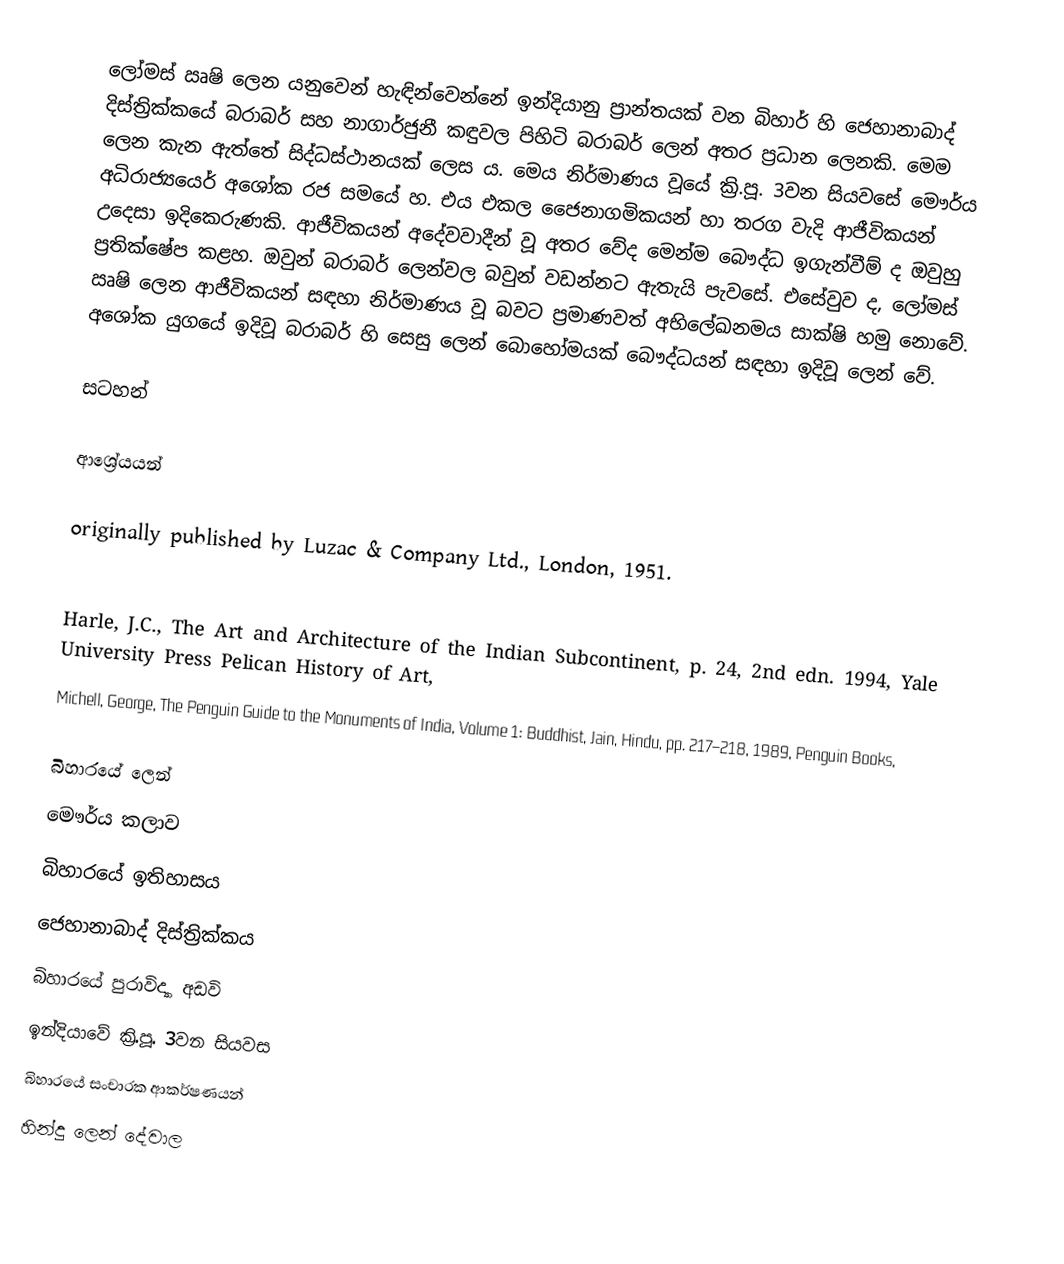
ලෝමස් ඍෂි ලෙන යනුවෙන් හැඳින්වෙන්නේ ඉන්දියානු ප්‍රාන්තයක් වන බිහාර් හි ජෙහානාබාද් දිස්ත්‍රික්කයේ බරාබර් සහ නාගාර්ජුනී කඳුවල පිහිටි බරාබර් ලෙන් අතර ප්‍රධාන ලෙනකි. මෙම ලෙන කැන ඇත්තේ සිද්ධස්ථානයක් ලෙස ය. මෙය නිර්මාණය වූයේ ක්‍රි.පූ. 3වන සියවසේ මෞර්ය අධිරාජ්‍යයෙර් අශෝක රජ සමයේ හ. එය එකල ජෛනාගමිකයන් හා තරග වැදි ආජීවිකයන් උදෙසා ඉදිකෙරුණකි. ආජීවිකයන් අදේවවාදීන් වූ අතර වේද මෙන්ම බෞද්ධ ඉගැන්වීම් ද ඔවුහු ප්‍රතික්ෂේප කළහ. ඔවුන් බරාබර් ලෙන්වල බවුන් වඩන්නට ඇතැයි පැවසේ. එසේවුව ද, ලෝමස් ඍෂි ලෙන ආජීවිකයන් සඳහා නිර්මාණය වූ බවට ප්‍රමාණවත් අභිලේඛනමය සාක්ෂි හමු නොවේ. අශෝක යුගයේ ඉදිවූ බරාබර් හි සෙසු ලෙන් බොහෝමයක් බෞද්ධයන් සඳහා ඉදිවූ ලෙන් වේ.

සටහන්

ආශ්‍රේයයන්

  originally published by Luzac & Company Ltd., London, 1951.

Harle, J.C., The Art and Architecture of the Indian Subcontinent, p. 24, 2nd edn. 1994, Yale University Press Pelican History of Art,
Michell, George, The Penguin Guide to the Monuments of India, Volume 1: Buddhist, Jain, Hindu, pp. 217–218, 1989, Penguin Books,

බිහාරයේ ලෙන්
මෞර්ය කලාව
බිහාරයේ ඉතිහාසය
ජෙහානාබාද් දිස්ත්‍රික්කය
බිහාරයේ පුරාවිද්‍යා අඩවි
ඉන්දියාවේ ක්‍රි.පූ. 3වන සියවස
බිහාරයේ සංචාරක ආකර්ෂණයන්
හින්දු ලෙන් දේවාල